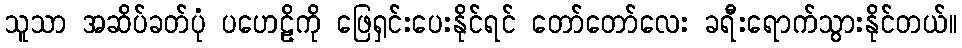
သူသာ အဆိပ်ခတ်ပုံ ပဟေဠိကို ဖြေရှင်းပေးနိုင်ရင် တော်တော်လေး ခရီးရောက်သွားနိုင်တယ်။